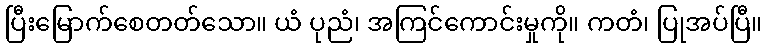
ပြီးမြောက်စေတတ်သော။ ယံ ပုညံ၊ အကြင်ကောင်းမှုကို။ ကတံ၊ ပြုအပ်ပြီ။